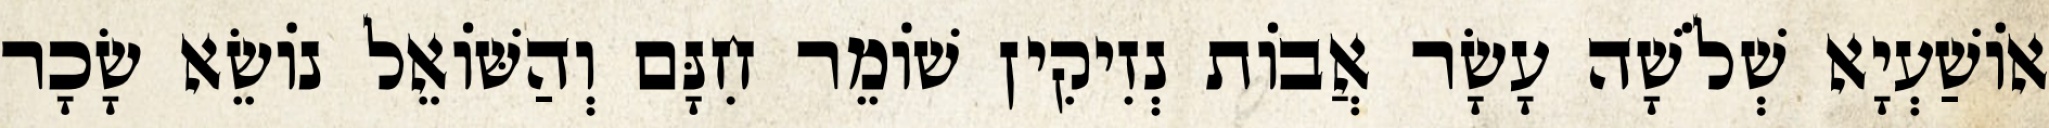
אוֹשַׁעְיָא שְׁלֹשָׁה עָשָׂר אֲבוֹת נְזִיקִין שׁוֹמֵר חִנָּם וְהַשּׁוֹאֵל נוֹשֵׂא שָׂכָר